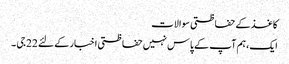
کاغذ کے حفاظتی سوالات
ایک، ہم آپ کے پاس نہیں حفاظتی اخبار کے لئے 22 جی ۔